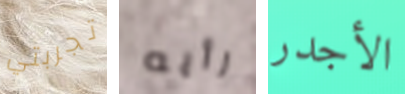
تجربتي رأيه الأجدر